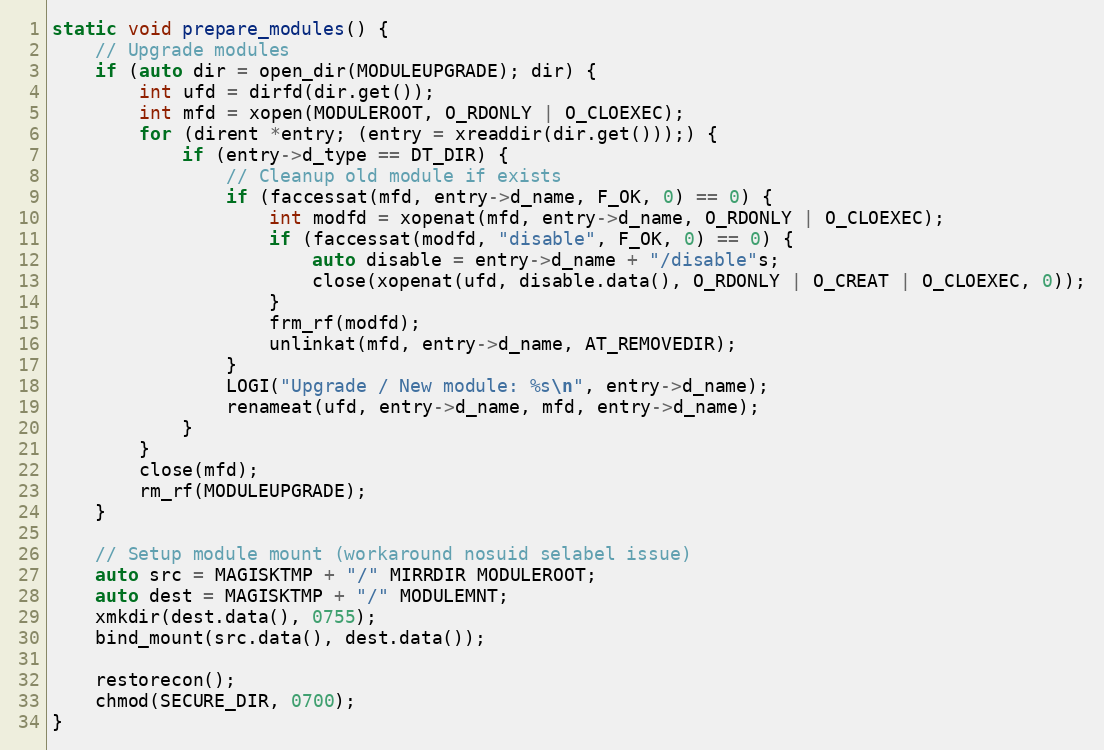
Language: C++
static void prepare_modules() {
    // Upgrade modules
    if (auto dir = open_dir(MODULEUPGRADE); dir) {
        int ufd = dirfd(dir.get());
        int mfd = xopen(MODULEROOT, O_RDONLY | O_CLOEXEC);
        for (dirent *entry; (entry = xreaddir(dir.get()));) {
            if (entry->d_type == DT_DIR) {
                // Cleanup old module if exists
                if (faccessat(mfd, entry->d_name, F_OK, 0) == 0) {
                    int modfd = xopenat(mfd, entry->d_name, O_RDONLY | O_CLOEXEC);
                    if (faccessat(modfd, "disable", F_OK, 0) == 0) {
                        auto disable = entry->d_name + "/disable"s;
                        close(xopenat(ufd, disable.data(), O_RDONLY | O_CREAT | O_CLOEXEC, 0));
                    }
                    frm_rf(modfd);
                    unlinkat(mfd, entry->d_name, AT_REMOVEDIR);
                }
                LOGI("Upgrade / New module: %s\n", entry->d_name);
                renameat(ufd, entry->d_name, mfd, entry->d_name);
            }
        }
        close(mfd);
        rm_rf(MODULEUPGRADE);
    }

    // Setup module mount (workaround nosuid selabel issue)
    auto src = MAGISKTMP + "/" MIRRDIR MODULEROOT;
    auto dest = MAGISKTMP + "/" MODULEMNT;
    xmkdir(dest.data(), 0755);
    bind_mount(src.data(), dest.data());

    restorecon();
    chmod(SECURE_DIR, 0700);
}